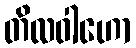
တိလဝါဟော